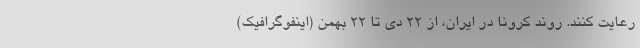
رعایت کنند. روند کرونا در ایران، از ۲۲ دی تا ۲۲ بهمن (اینفوگرافیک)